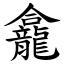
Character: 龕